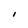
Character: I